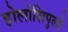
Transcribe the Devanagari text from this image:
होलोशिपुलो